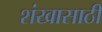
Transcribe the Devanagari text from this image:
शंखासाठी